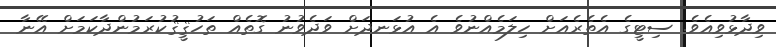
ވިދާޅުވިއެވެ. ސިޓީގެ އެތެރެއަށް ހިލަމެއްނުވެ އެ އުޅަނދަށް ވަދެވުނު ގޮތެއް ތަހުޤީޤުކުރަމުންދާކަމަށް އޭނާ